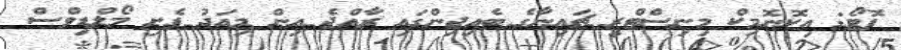
ފޮޓޯ: އިކޮނޮމިކް މިނިސްޓްރީ ޗައިނާގެ ބެއިޖިންގައި ރާއްޖެ އިން މިއަދު ފެށި މޯލްޑިވްސް